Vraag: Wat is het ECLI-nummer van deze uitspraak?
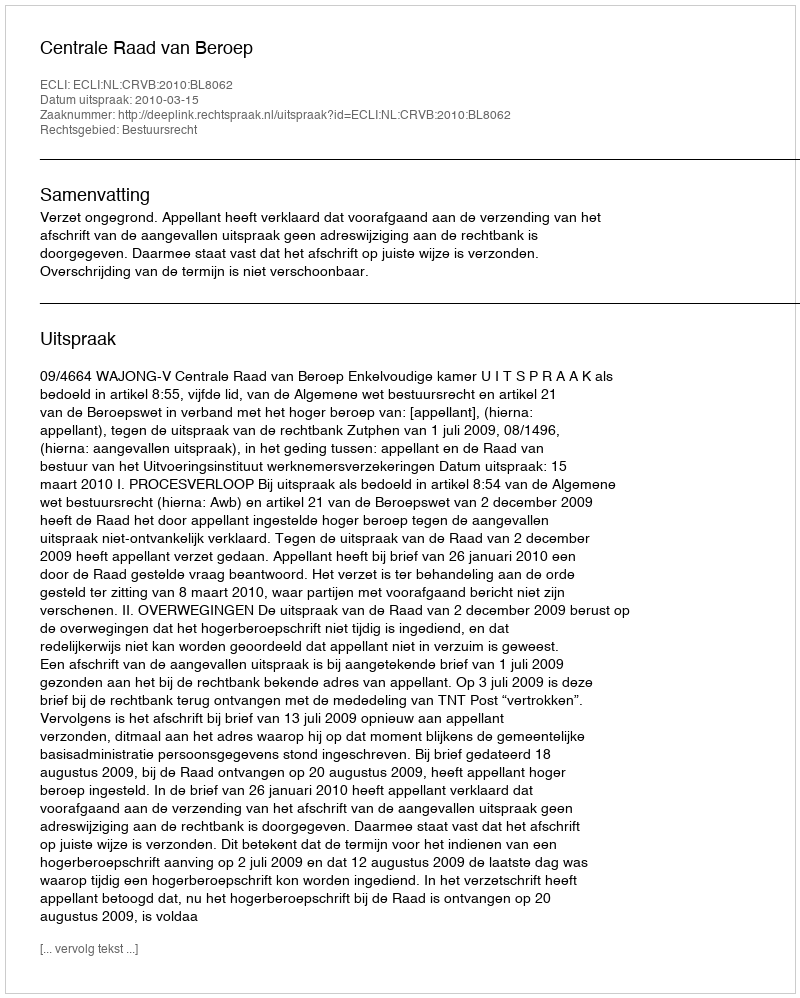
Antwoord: ECLI:NL:CRVB:2010:BL8062